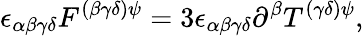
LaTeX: \epsilon_{\alpha\beta\gamma\delta}F^{(\beta\gamma\delta)\psi}=3\epsilon_{\alpha\beta\gamma\delta}\partial^{\beta}T^{(\gamma\delta)\psi},